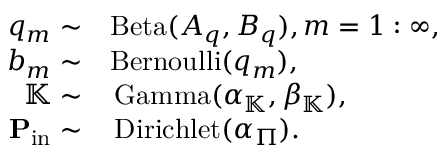
\begin{array} { r l } { q _ { m } \sim } & { \mathrm { B e t a } ( A _ { q } , B _ { q } ) , m = 1 : \infty , } \\ { b _ { m } \sim } & { \mathrm { B e r n o u l l i } ( q _ { m } ) , } \\ { \mathbb { K } \sim } & { \, \mathrm { G a m m a } ( \alpha _ { \mathbb { K } } , \beta _ { \mathbb { K } } ) , } \\ { \mathbf { P } _ { \mathrm { i n } } \sim } & { \, \mathrm { D i r i c h l e t } ( \alpha _ { \Pi } ) . } \end{array}